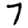
Digit: 7